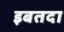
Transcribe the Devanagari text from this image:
इबतदा